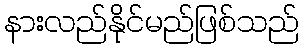
နားလည်နိုင်မည်ဖြစ်သည်